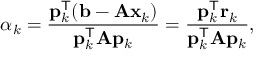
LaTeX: \alpha _ { k } = { \frac { \mathbf { p } _ { k } ^ { \mathsf { T } } ( \mathbf { b } - \mathbf { A x } _ { k } ) } { \mathbf { p } _ { k } ^ { \mathsf { T } } \mathbf { A } \mathbf { p } _ { k } } } = { \frac { \mathbf { p } _ { k } ^ { \mathsf { T } } \mathbf { r } _ { k } } { \mathbf { p } _ { k } ^ { \mathsf { T } } \mathbf { A } \mathbf { p } _ { k } } } ,